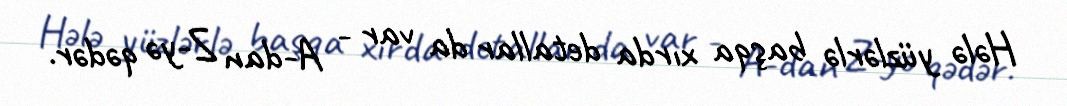
Hələ yüzlərlə başqa xırda detallar da var - A-dan Z-yə qədər.